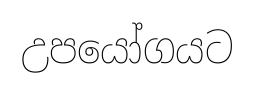
උපයෝගයට